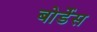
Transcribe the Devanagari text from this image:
बोर्डेस